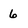
Character: 6